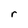
Character: r